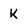
Character: K